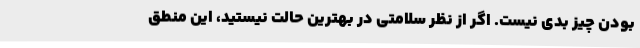
بودن چیز بدی نیست. اگر از نظر سلامتی در بهترین حالت نیستید، این منطق